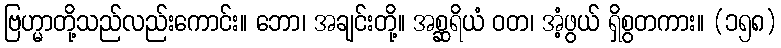
ဗြဟ္မာတို့သည်လည်းကောင်း။ ဘော၊ အချင်းတို့။ အစ္ဆရိယံ ဝတ၊ အံ့ဖွယ် ရှိစွတကား။ (၁၅၈)